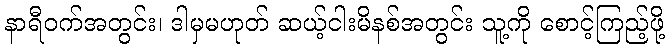
နာရီဝက်အတွင်း၊ ဒါမှမဟုတ် ဆယ့်ငါးမိနစ်အတွင်း သူ့ကို စောင့်ကြည့်ဖို့